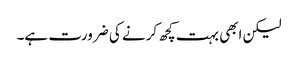
لیکن ابھی بہت کچھ کرنے کی ضرورت ہے۔